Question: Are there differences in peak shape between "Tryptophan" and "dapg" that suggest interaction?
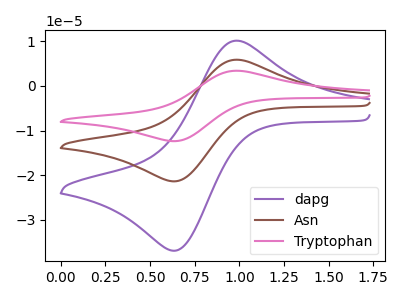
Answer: <think>The purple curve "dapg" has an anodic peak at (1.00V, 10.10uA) and a cathodic peak at (0.65V, -36.80uA). The brown curve "Asn" has an anodic peak at (1.00V, 5.85uA) and a cathodic peak at (0.65V, -21.30uA). The pink curve "Tryptophan" has an anodic peak at (1.00V, 11.70uA) and a cathodic peak at (0.65V, -42.60uA).
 All the peaks in "Tryptophan" have a peak in "dapg" at the same potential. Every peak in "Tryptophan" is higher than every peak in "dapg".</think>
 <answer>No, "Tryptophan" and "dapg" don't appear to be significantly different in shape</answer>
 <eval>no_change</eval>